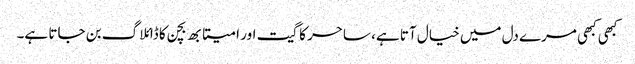
کبھی کبھی مرے دل میں خیال آتا ہے، ساحر کا گیت اور امیتابھ بچن کا ڈائلاگ بن جاتا ہے۔